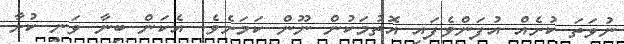
ނުވަތަ ކުށެއް އުފަންވެފައި އޮތުމަކުން ނޫން ކަމަށެވެ. އެކަން ބިނާ ވަނީ ކުުށާ